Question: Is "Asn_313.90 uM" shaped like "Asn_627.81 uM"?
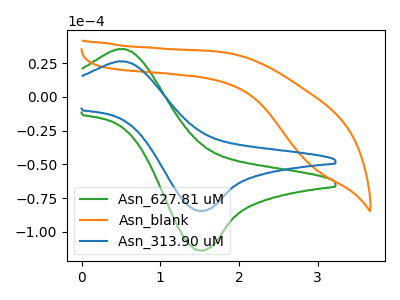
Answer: <think>The green curve "Asn_627.81 uM" has an anodic peak at (0.50V, 35.30uA) and a cathodic peak at (1.50V, -113.85uA). The orange curve "Asn_blank" has no peaks. The blue curve "Asn_313.90 uM" has an anodic peak at (0.50V, 26.20uA) and a cathodic peak at (1.50V, -84.55uA).
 All the peaks in "Asn_313.90 uM" have a peak in "Asn_627.81 uM" at the same potential. Every peak in "Asn_313.90 uM" is lower than every peak in "Asn_627.81 uM".</think>
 <answer>"Asn_313.90 uM" and "Asn_627.81 uM" are similar in shape.</answer>
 <eval>same_shape</eval>